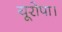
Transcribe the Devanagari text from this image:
यूरोपा।